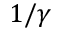
1 / \gamma